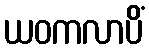
ယဝကလာပိံ